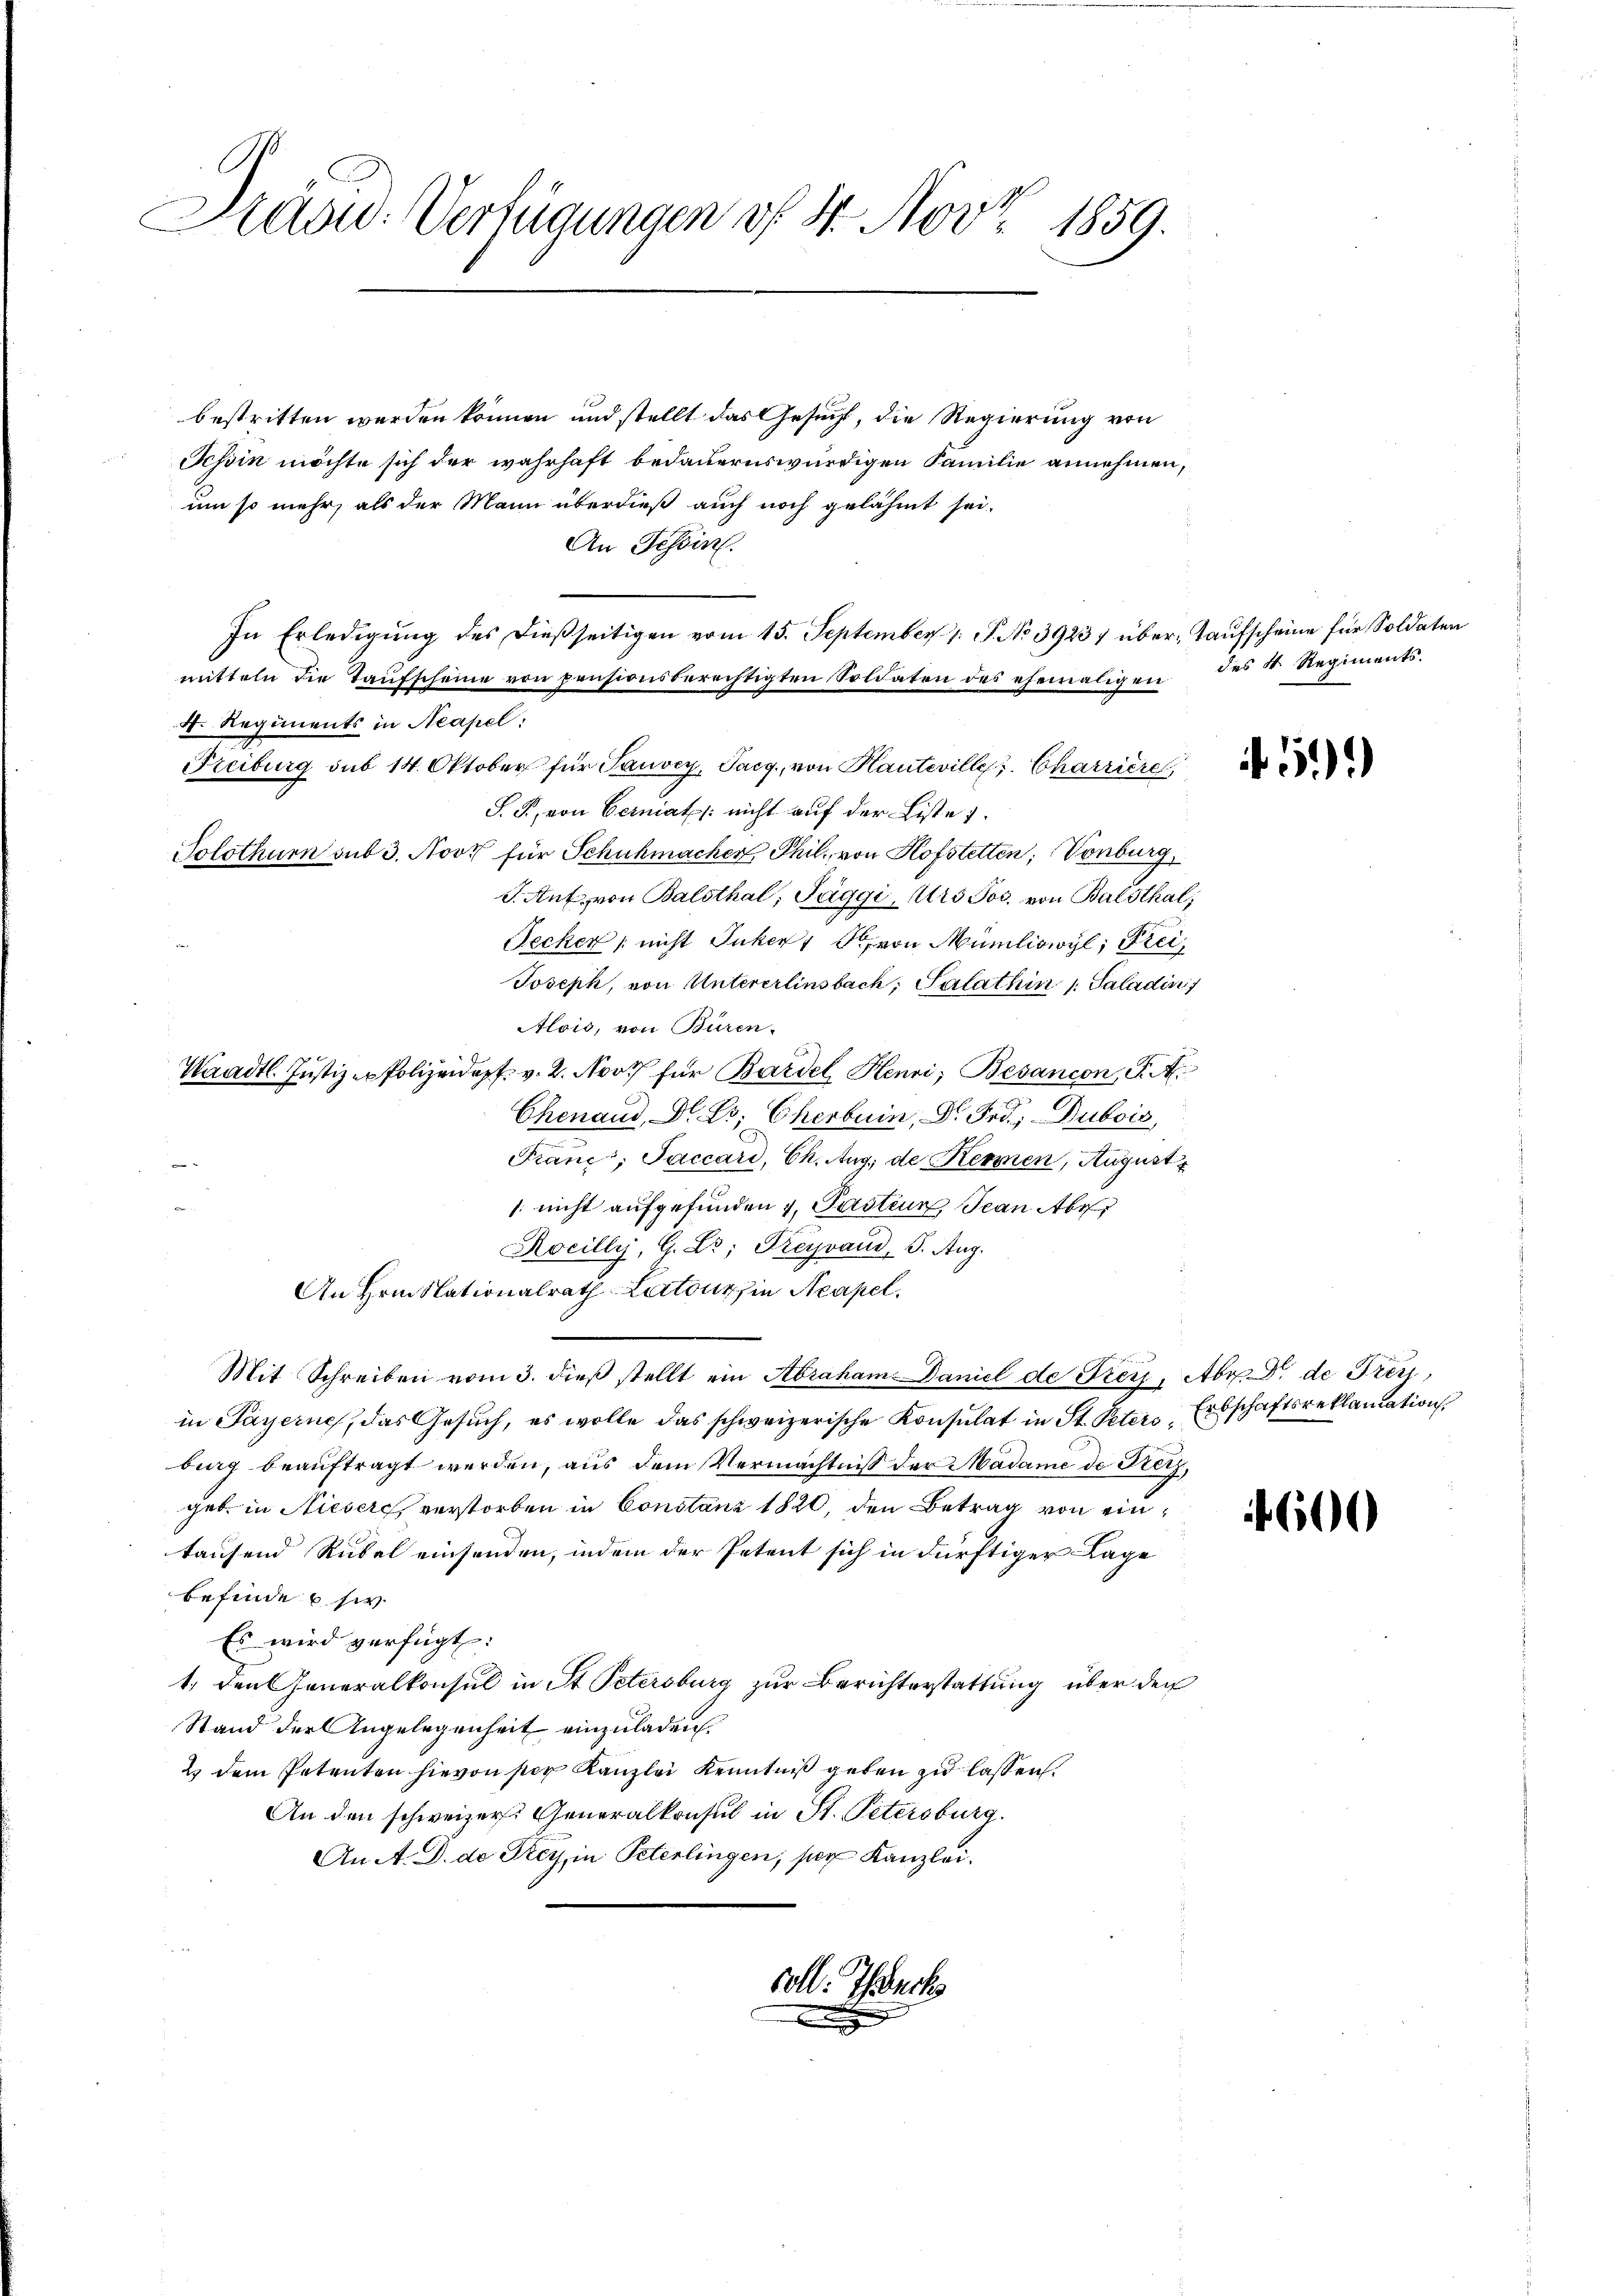
Präsid. Verfügungen vf 4. Nov. 1859.

bestritten werden können und stellt das Gesucht, die Regierung von
Schin möchte sich der wahrhaft bedauernswürdigen Familie annehmen,
um so mehr, als der Mann überdieß auch noch gelähmt sei.
An Schein.
In Erledigung des dießseitigen vom 15. September 1. P. No 39237 über- Kaufscheine für Soldaten
mitteln die Taufscheine von pensionsberechtigten Soldaten des ehemaligen des Fr. Regiments-
4. Regiments in Neapel:
Freiburg sub 14. Oktober für Tauvey, Pacg., von Hauteville Charrière
S. T., von Berniat /: nicht auf der Liste
Solothurn sub 3. Novi für Schuhmacher Phil., von Hofstetten; Vonburg,
J. Ant. von Balsthal; Jäggi, Urs Jos. von Balsthal;
Jecker (nicht Juker von Müniliowyl, Frei¬
Joseph, von Untererlinsbach, Salathin 1 Paladin
Alois, von Buren.
Waadt Justiz er Polizeidept. v. 2. Novt für Bardel Henri, Besançon, S. A.
Chenaud, Dr. Dr. Cherbuin, Dr. Frd.; Dubois
Franc, Jaccari, Ch. Aug. de Kermen, August
xx
: nicht aufgefunden 1. Pastein, Jean Abr
Kocilly, G. L.; Freyvaud, S. Aug.
An Hrn. Nationalrath Laitours in Neapel.
Mit Schreiben vom 3. dieβ stellt ein Abraham Daniel de Frei, Abr. Dr. de Frey,
in Payerne, das Gesuch, es wolle das schweizerische Konsulat in St. Peter Erbschaftsreklamation
burg beauftragt werden, aus dem Vermächtniß der Madame de Freiz,
geb. in Nieser verstorben in Constanz 1820, den Betrag von eintausend Rübel einsenden, indem der Petent sich in dürftiger Lage
befinde usw.
Es wird verfügt:
1. den Generalkonsul in St. Petersburg zur Berichterstattung über den
Stand der Angelegenheit einzuladen.
2 dem Petenten hievon der Kanzlei Kenntniß geben zu lassen.
An den schweizer. Generalkonsul in St. Petersburg.
An A. D. de Frey, in Peterlingen, ser Kanzlei.

voll. Ich

59)

f 600